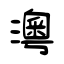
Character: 澚